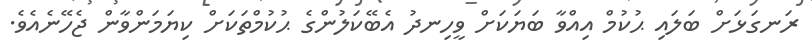
ރަނގަޅަށް ބަލައި ޙުކުމް އިއްވާ ބަޔަކަށް ވީހިނދު އެބޭކަލުންގެ ޙުކުމްތަކަށް ކިޔަމަންވާން ޖެހޭނެއެވެ.